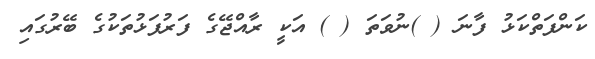
ކަންފަތްކަޅު ފާނަ ( )ނުވަތަ ( ) އަކީ ރާއްޖޭގެ ފަރުފަޅުތަކުގެ ބޭރުގައި